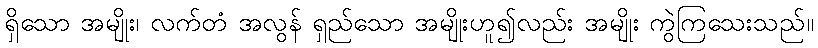
ရှိသော အမျိုး၊ လက်တံ အလွန် ရှည်သော အမျိုးဟူ၍လည်း အမျိုး ကွဲကြသေးသည်။